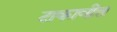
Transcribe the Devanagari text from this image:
टाकावीत